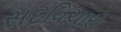
સદવિચારો